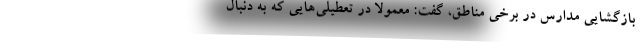
بازگشایی مدارس در برخی مناطق، گفت: معمولا در تعطیلی‌هایی که به دنبال